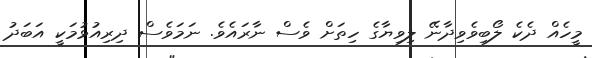
މީހެއް ދެކެ ލޯބިވެވިދާނޭ ލިވިޔާގެ ހިތަށް ވެސް ނާރައެވެ. ނަމަވެސް ދިރިއުޅުމަކީ އަބަދު